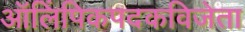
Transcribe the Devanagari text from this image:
ऑलिंपिकपदकविजेता